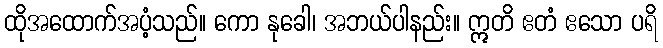
ထိုအထောက်အပံ့သည်။ ကော နုခေါ၊ အဘယ်ပါနည်း။ ဣတိ ဧတံ ဧသော ပရိ